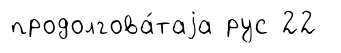
продолгова́таjа рус 22